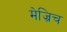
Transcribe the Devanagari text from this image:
मेज्रिच